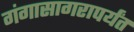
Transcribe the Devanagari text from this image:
गंगासागरापर्यंत